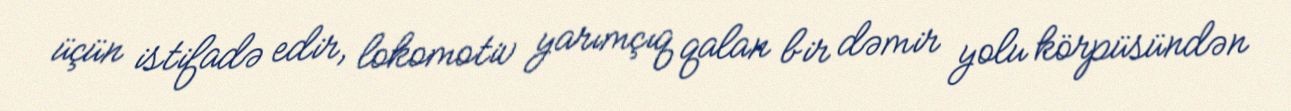
üçün istifadə edir, lokomotiv yarımçıq qalan bir dəmir yolu körpüsündən